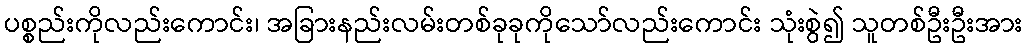
ပစ္စည်းကိုလည်းကောင်း၊ အခြားနည်းလမ်းတစ်ခုခုကိုသော်လည်းကောင်း သုံးစွဲ၍ သူတစ်ဦးဦးအား